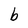
Character: b